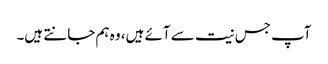
آپ جس نیت سے آئے ہیں، وہ ہم جانتے ہیں۔